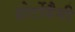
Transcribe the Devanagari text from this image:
होर्टोबैगी